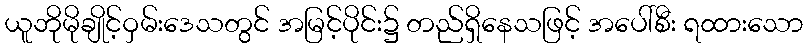
ယူဘိုမိုချိုင့်ဝှမ်းဒေသတွင် အမြင့်ပိုင်း၌ တည်ရှိနေသဖြင့် အပေါ်စီး ရထားသော